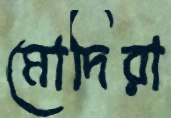
মোদিরা